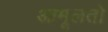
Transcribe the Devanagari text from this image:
आमूलतो